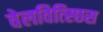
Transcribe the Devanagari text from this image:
वेलवित्स्छिस